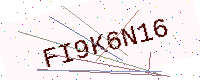
Text: FI9K6N16